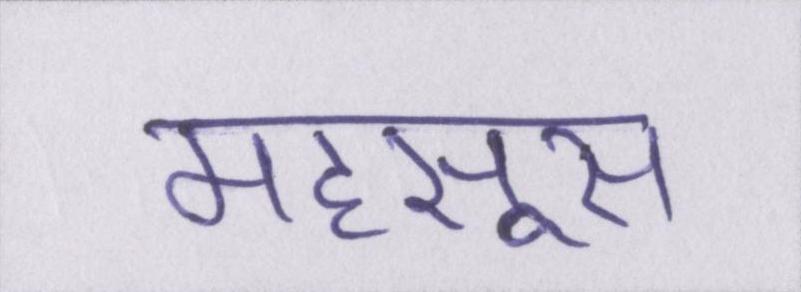
महसूस